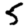
Digit: 5